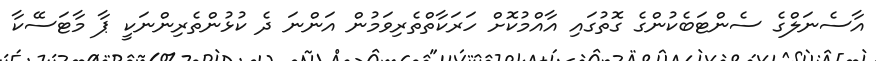
އާސެނަލްގެ ސެންޓަބެކުންގެ ގޮތުގައި އާއްމުކޮށް ހަރަކާތްތެރިވަމުން އަންނަ ދެ ކުޅުންތެރިންނަކީ ޕާ މާޓަސޭކާ